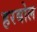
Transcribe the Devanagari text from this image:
हरबोल